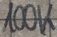
Text: 100K